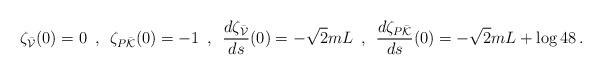
\begin{align*}\zeta_{\bar{\cal V}}(0)=0 \hspace{0.2cm}, \hspace{0.2cm}\zeta_{P\bar{\cal K}}(0)=-1\hspace{0.2cm}, \hspace{0.2cm}\frac{d \zeta_{\bar{\cal V}}}{ds}(0)= -\sqrt{2}mL\hspace{0.2cm},\hspace{0.2cm} \frac{d \zeta_{P\bar{\cal K}}}{ds}(0)=-\sqrt{2}mL+\log 48\, .\end{align*}